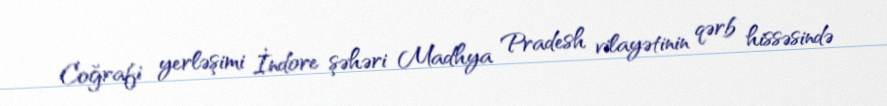
Coğrafi yerləşimi İndore şəhəri Madhya Pradesh vilayətinin qərb hissəsində